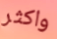
واكثر